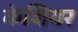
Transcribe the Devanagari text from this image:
केशियर